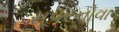
સૂપરનોવા